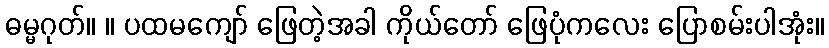
ဓမ္မဂုတ်။ ။ ပထမကျော် ဖြေတဲ့အခါ ကိုယ်တော် ဖြေပုံကလေး ပြောစမ်းပါအုံး။